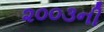
૨૦૦૩ની